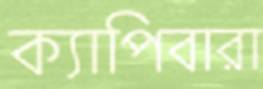
ক্যাপিবারা